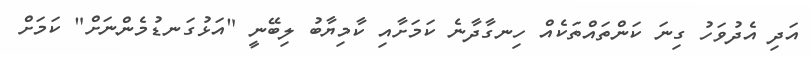
އަދި އެދުވަހު ގިނަ ކަންތައްތަކެއް ހިނގާދާނެ ކަމަށާއި ކާމިޔާބު ލިބޭނީ "އަޅުގަނޑުމެންނަށް" ކަމަށް